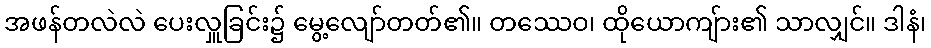
အဖန်တလဲလဲ ပေးလှူခြင်း၌ မွေ့လျော်တတ်၏။ တဿေဝ၊ ထိုယောကျ်ား၏ သာလျှင်။ ဒါနံ၊